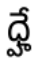
ధ్హే